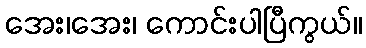
အေး၊အေး၊ ကောင်းပါပြီကွယ်။